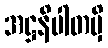
အဋ္ဌနိပါတမှိ